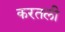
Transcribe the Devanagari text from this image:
करतली